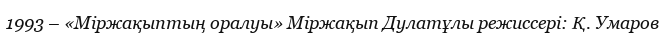
1993 – «Міржақыптың оралуы» Міржақып Дулатұлы режиссері: Қ. Умаров